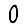
Digit: 0